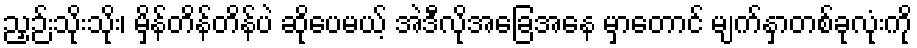
ညှဉ်းသိုးသိုး၊ မှိန်တိန်တိန်ပဲ ဆိုပေမယ့် အဲဒီလိုအခြေအနေ မှာတောင် မျက်နှာတစ်ခုလုံးကို